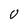
Character: U